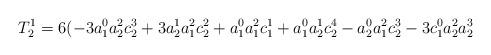
LaTeX: \begin{align*}T_{2}^{1}=6(-3a_{1}^{0}a_{2}^{2}c_{2}^{3}+3a_{2}^{1}a_{1}^{2}c_{2}^{2}+a_{1}^{0}a_{1}^{2}c_{1}^{1}+a_{1}^{0}a_{2}^{1}c_{2}^{4}-a_{2}^{0}a_{1}^{2}c_{2}^{3}-3c_{1}^{0}a_{2}^{2}a_{2}^{3}\end{align*}